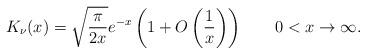
LaTeX: \begin{align*} K_\nu(x)=\sqrt{\frac\pi{2x}}e^{-x}\left(1+O\left(\frac1x\right)\right)\qquad 0<x\to\infty.\end{align*}